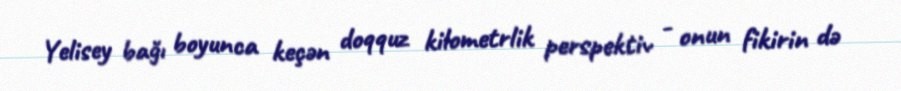
Yelisey bağı boyunca keçən doqquz kilometrlik perspektiv - onun fikirin də